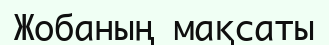
Жобаның мақсаты